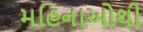
મહિનાઓથી